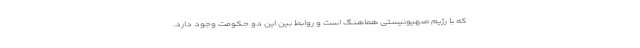
که با رژیم صهیونیستی هماهنگ است و روابط بین این دو حکومت وجود دارد.